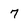
Character: 7